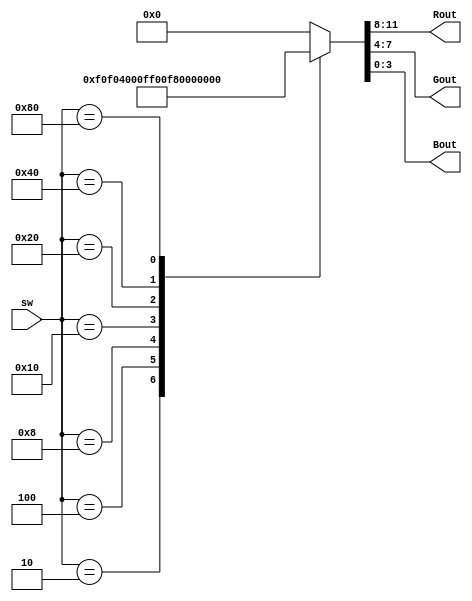
module colors(sw, Rout, Gout, Bout);
  input[7:0] sw;
  output[3:0] Rout, Gout, Bout;

  reg[3:0] R, G, B;

  reg colorsIndex;
  
  `define COLORS_BLACK 12'h000
  `define COLORS_DARKMAGENTA 12'hF0F
  `define COLORS_DARKGREEN 12'h040
  `define COLORS_BLUE 12'h00F
  `define COLORS_RED 12'hF00
  `define COLORS_ORANGE 12'hF60
  `define COLORS_YELLOW 12'hFF0
  `define COLORS_WHITE 12'hFFF
  
  assign {Rout, Gout, Bout} = {R, G, B};
  
  always@(*) begin 
    case(sw)
      1: begin {R, G, B} <= `COLORS_BLACK; end
      2: begin {R, G, B} <= `COLORS_DARKMAGENTA; end
      4: begin {R, G, B} <= `COLORS_DARKGREEN; end
      8: begin {R, G, B} <= `COLORS_BLUE; end
      16: begin {R, G, B} <= `COLORS_RED; end
      32: begin {R, G, B} <= `COLORS_ORANGE; end
      64: begin {R, G, B} <= `COLORS_YELLOW; end
      128: begin {R, G, B} <= `COLORS_WHITE; end
      default: begin {R, G, B} <= `COLORS_BLACK; end
    endcase
  end
endmodule